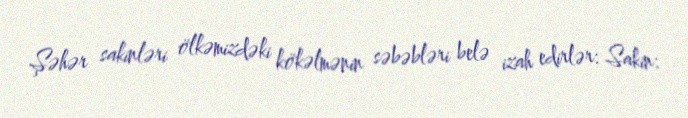
Şəhər sakinləri ölkəmizdəki kökəlmənin səbəbləri belə izah edirlər: Sakin: